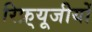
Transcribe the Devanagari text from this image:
रिफ़्यूजीयों